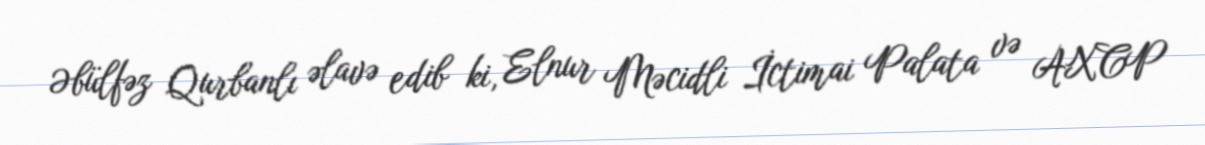
Əbülfəz Qurbanlı əlavə edib ki, Elnur Məcidli İctimai Palata və AXCP